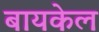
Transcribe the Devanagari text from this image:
बायकेल